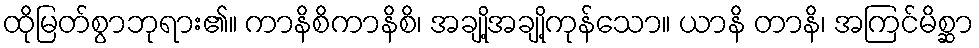
ထိုမြတ်စွာဘုရား၏။ ကာနိစိကာနိစိ၊ အချို့အချို့ကုန်သော။ ယာနိ တာနိ၊ အကြင်မိစ္ဆာ